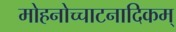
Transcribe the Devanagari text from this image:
मोहनोच्चाटनादिकम्